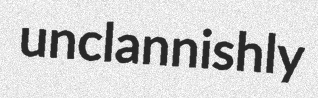
unclannishly